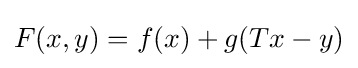
F(x,y)=f(x)+g(Tx-y)